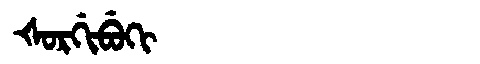
Manchu: ᡧᠣᡵᡤᡳᠪᡠᡴᡳ
Romanization: ŠORGIBUKI